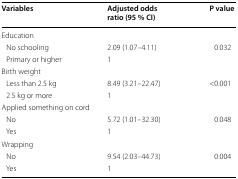
<table><thead><tr><td><b>Variables</b></td><td><b>Adjusted odds ratio (95 % CI)</b></td><td><b>P value</b></td></tr></thead><tbody><tr><td colspan="3">Education</td></tr><tr><td> No schooling</td><td>2.09 (1.07–4.11)</td><td rowspan="2">0.032</td></tr><tr><td> Primary or higher</td><td>1</td></tr><tr><td colspan="3">Birth weight</td></tr><tr><td> Less than 2.5 kg</td><td>8.49 (3.21–22.47)</td><td rowspan="2">&lt;0.001</td></tr><tr><td> 2.5 kg or more</td><td>1</td></tr><tr><td colspan="3">Applied something on cord</td></tr><tr><td> No</td><td>5.72 (1.01–32.30)</td><td rowspan="2">0.048</td></tr><tr><td> Yes</td><td>1</td></tr><tr><td colspan="3">Wrapping </td></tr><tr><td> No</td><td>9.54 (2.03–44.73)</td><td rowspan="2">0.004</td></tr><tr><td> Yes</td><td>1</td></tr></tbody></table>